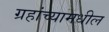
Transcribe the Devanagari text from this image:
ग्रहांच्यामधील